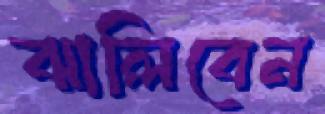
ঝালিবেন